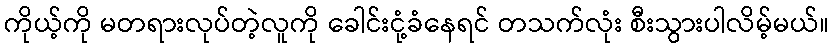
ကိုယ့်ကို မတရားလုပ်တဲ့လူကို ခေါင်းငုံ့ခံနေရင် တသက်လုံး စီးသွားပါလိမ့်မယ်။